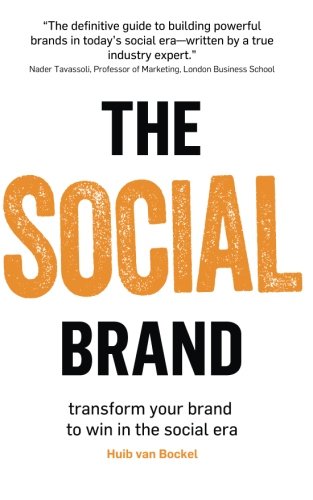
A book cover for The Social Brand: Transform your brand to win in the social era; Huib  van Bockel; Business & Money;